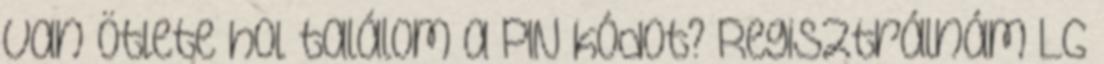
van ötlete hol találom a PIN kódot? Regisztrálnám LG